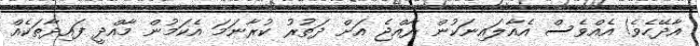
އާދޭހެވެ! އެއްވެސް އެއާލައިނަކުން ރާއްޖެ އަށް ދަތުރު ކުރާނަމަ އެކަމުން މާއްދީ ފައިދާތަކެއް